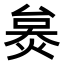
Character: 𤊜